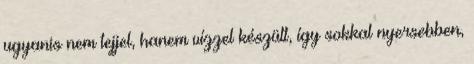
ugyanis nem tejjel, hanem vízzel készült, így sokkal nyersebben,